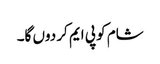
شام کو پی ایم کر دوں گا۔